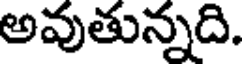
అవుతున్నది.